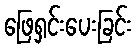
ဖြေရှင်းပေးခြင်း